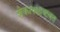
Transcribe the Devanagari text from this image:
शेकापक्षाबाबत